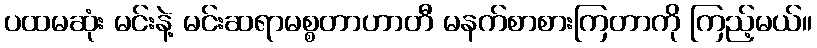
ပထမဆုံး မင်းနဲ့ မင်းဆရာမစ္စတာဟာတီ မနက်စာစားကြတာကို ကြည့်မယ်။